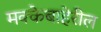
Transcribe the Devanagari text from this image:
मक्केबाहेरील